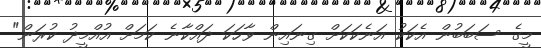
މީގެ ސަބަބުން އެކަކު އަނެކަކަށް ގިނައިން ވާހަކަ ދައްކާނެ ކަމަށް އުއްމީދު ކުރަން"